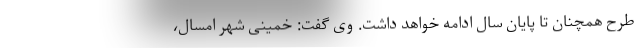
طرح همچنان تا پایان سال ادامه خواهد داشت. وی گفت: خمینی شهر امسال،